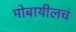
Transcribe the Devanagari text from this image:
मोबायीलचं